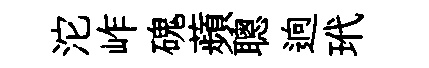
沱岞磈蘋聰逈玳